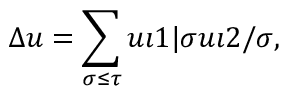
\Delta u = \sum _ { \sigma \leq \tau } u \i 1 | \sigma \o u \i 2 / \sigma ,